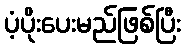
ပံ့ပိုးပေးမည်ဖြစ်ပြီး